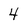
Character: 4